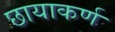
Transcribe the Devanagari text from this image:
छायाकर्ण